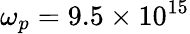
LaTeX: \omega_{p}=9.5\times 10^{15}